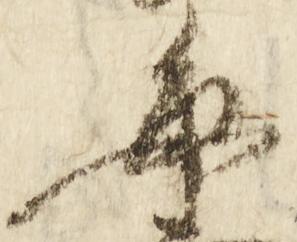
毎